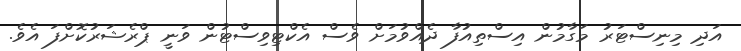
އަދި މިނިސްޓަރު މަގާމުން އިސްތިއުފާ ދެއްވުމަށް ވެސް އެކްޓިވިސްޓުން ވަނީ ޕްރެޝަރުކޮށްފަ އެވެ.